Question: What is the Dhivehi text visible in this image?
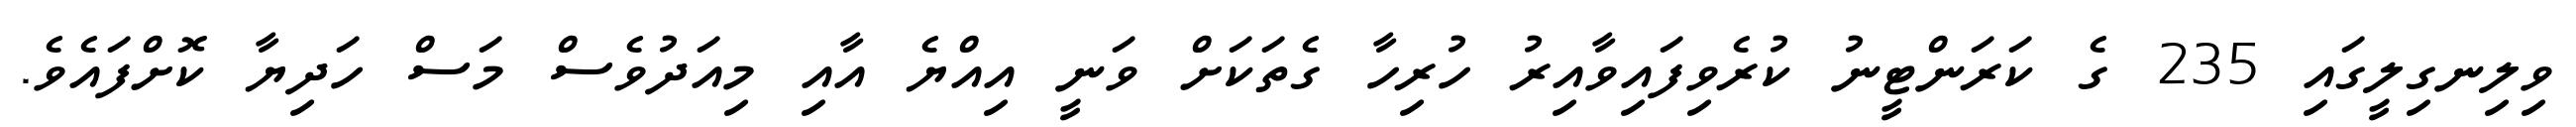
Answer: ވިލިނގިލީގައި 235 ގެ ކަރަންޓީނު ކުރެވިފައިވާއިރު ހުރިހާ ގެތަކަށް ވަނީ އިއްޔެ އާއި މިއަދުވެސް މަސް ހަދިޔާ ކޮށްފައެވެ.